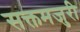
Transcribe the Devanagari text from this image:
सक्तमजुरी